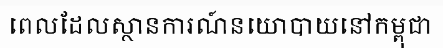
ពេលដែលស្ថានការណ៍នយោបាយនៅកម្ពុជា